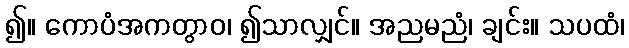
၍။ ကောပံအကတွာဝ၊ ၍သာလျှင်။ အညမညံ၊ ချင်း။ သပထံ၊